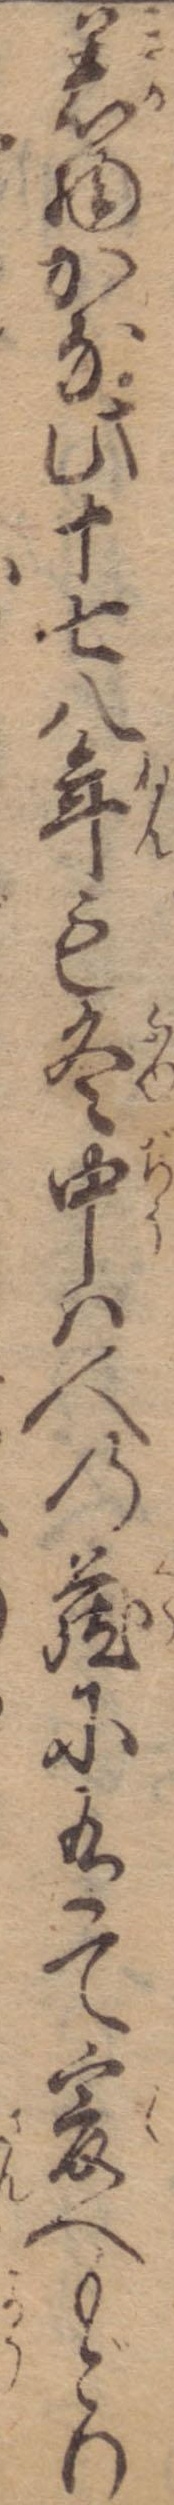
着物かな此十七八年も冬中は人の蔵に有て爰へもどり